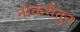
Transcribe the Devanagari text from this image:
नोकरीतुन